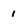
Character: I